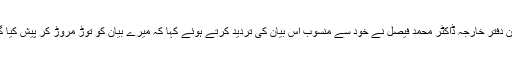
ترجمان دفتر خارجہ ڈاکٹر محمد فیصل نے خود سے منسوب اس بیان کی تردید کرتے ہوئے کہا کہ میرے بیان کو توڑ مروڑ کر پیش کیا گیا تھا۔